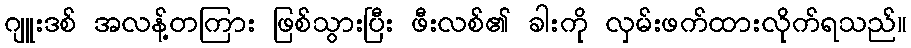
ဂျူးဒစ် အလန့်တကြား ဖြစ်သွားပြီး ဖီးလစ်၏ ခါးကို လှမ်းဖက်ထားလိုက်ရသည်။